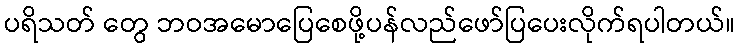
ပရိသတ် တွေ ဘဝအမောပြေစေဖို့ပန်လည်ဖော်ပြပေးလိုက်ရပါတယ်။